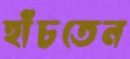
হাঁচতেন